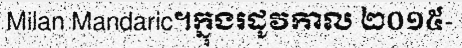
Milan Mandaric។ក្នុងរដូវកាល ២០១៥-